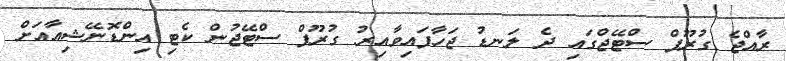
ރާއްޖެ ގުރޫޕް ސްޓޭޖްގައި ދެ ލަނޑު ޖަހާފައިވާއިރު ގުރޫޕް ސްޓޭޖުން ކެޓި އިންޑޮނޭޝިއާއަށް